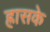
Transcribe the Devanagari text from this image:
ह्रासके